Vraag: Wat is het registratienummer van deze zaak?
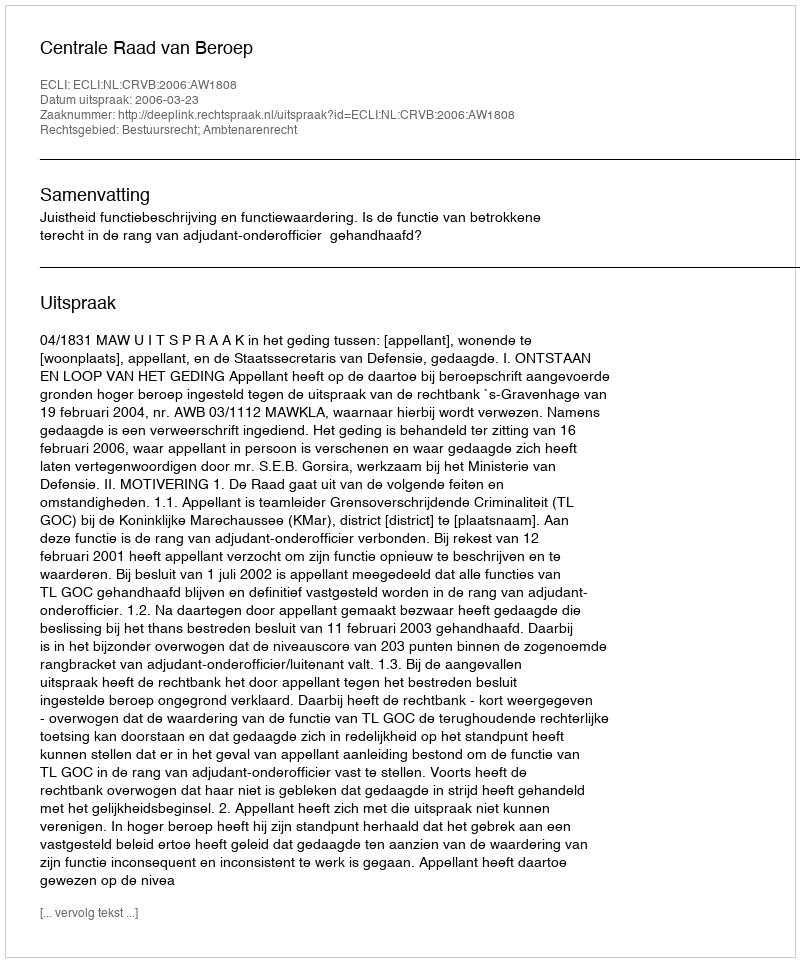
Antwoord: http://deeplink.rechtspraak.nl/uitspraak?id=ECLI:NL:CRVB:2006:AW1808